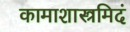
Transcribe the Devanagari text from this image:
कामाशास्त्रमिदं